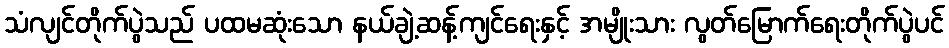
သံလျင်တိုက်ပွဲသည် ပထမဆုံးသော နယ်ချဲ့ဆန့်ကျင်ရေးနှင့် အမျိုးသား လွတ်မြောက်ရေးတိုက်ပွဲပင်